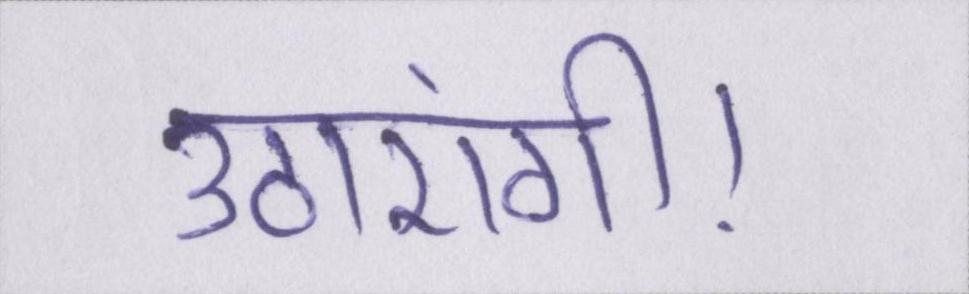
उठाएंगी।